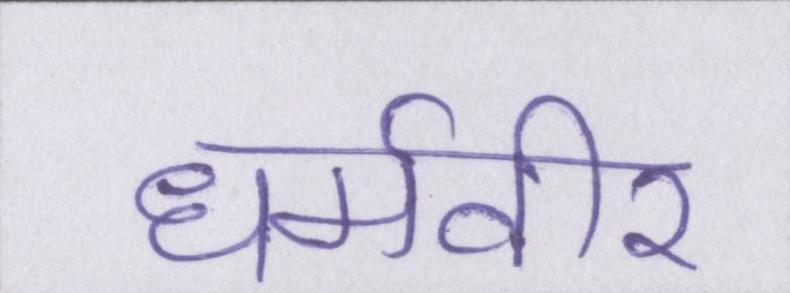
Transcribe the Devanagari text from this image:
धर्मवीर